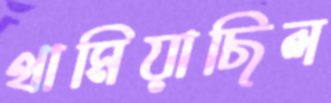
থামিয়াছিল